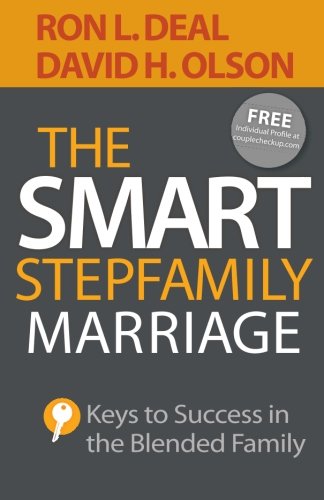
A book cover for The Smart Stepfamily Marriage: Keys to Success in the Blended Family; Ron L. Deal; Self-Help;